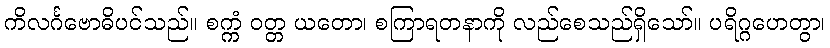
ကိလင်္ဂဗောဓိပင်သည်။ စက္ကံ ဝတ္တ ယတော၊ စကြာရတနာကို လည်စေသည်ရှိသော်။ ပရိဂ္ဂဟေတွာ၊